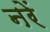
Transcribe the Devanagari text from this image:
नरें